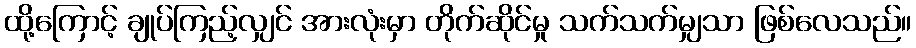
ထို့ကြောင့် ချုပ်ကြည့်လျှင် အားလုံးမှာ တိုက်ဆိုင်မှု သက်သက်မျှသာ ဖြစ်လေသည်။